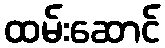
ထမ်းဆောင်